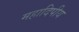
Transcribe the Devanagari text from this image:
महादिपीय